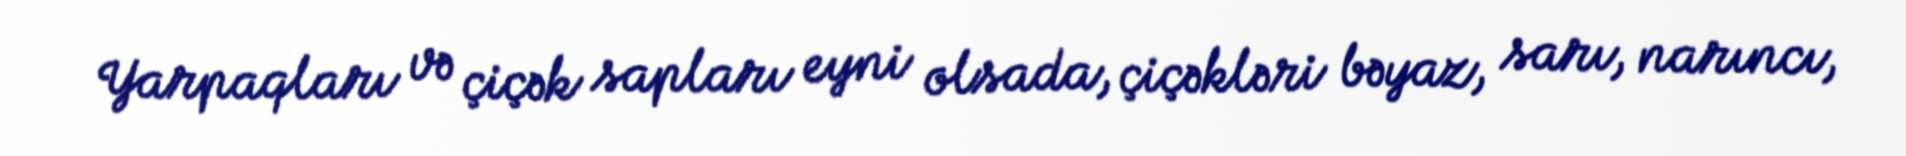
Yarpaqları və çiçək sapları eyni olsada, çiçəkləri bəyaz, sarı, narıncı,